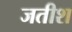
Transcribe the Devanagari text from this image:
जतीश